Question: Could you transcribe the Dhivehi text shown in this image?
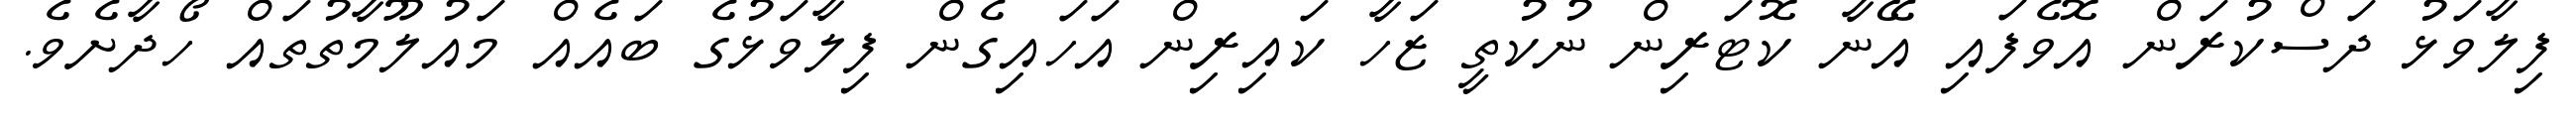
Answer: ފިލާވަޅު ދަސްކުރަން އޮވެފައި އޭނާ ކޮޓަރިން ނުކުތީ ޒަހާ ކައިރިން އަހައިގެން ފިލާވަޅުގެ ބައެއް މައުލޫމާތުތައް ހޯދާށެވެ.